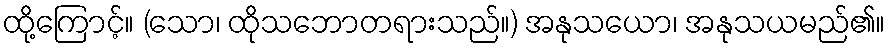
ထို့ကြောင့်။ (သော၊ ထိုသဘောတရားသည်။) အနုသယော၊ အနုသယမည်၏။